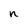
Character: n